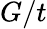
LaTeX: G/t